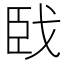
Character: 𦣣